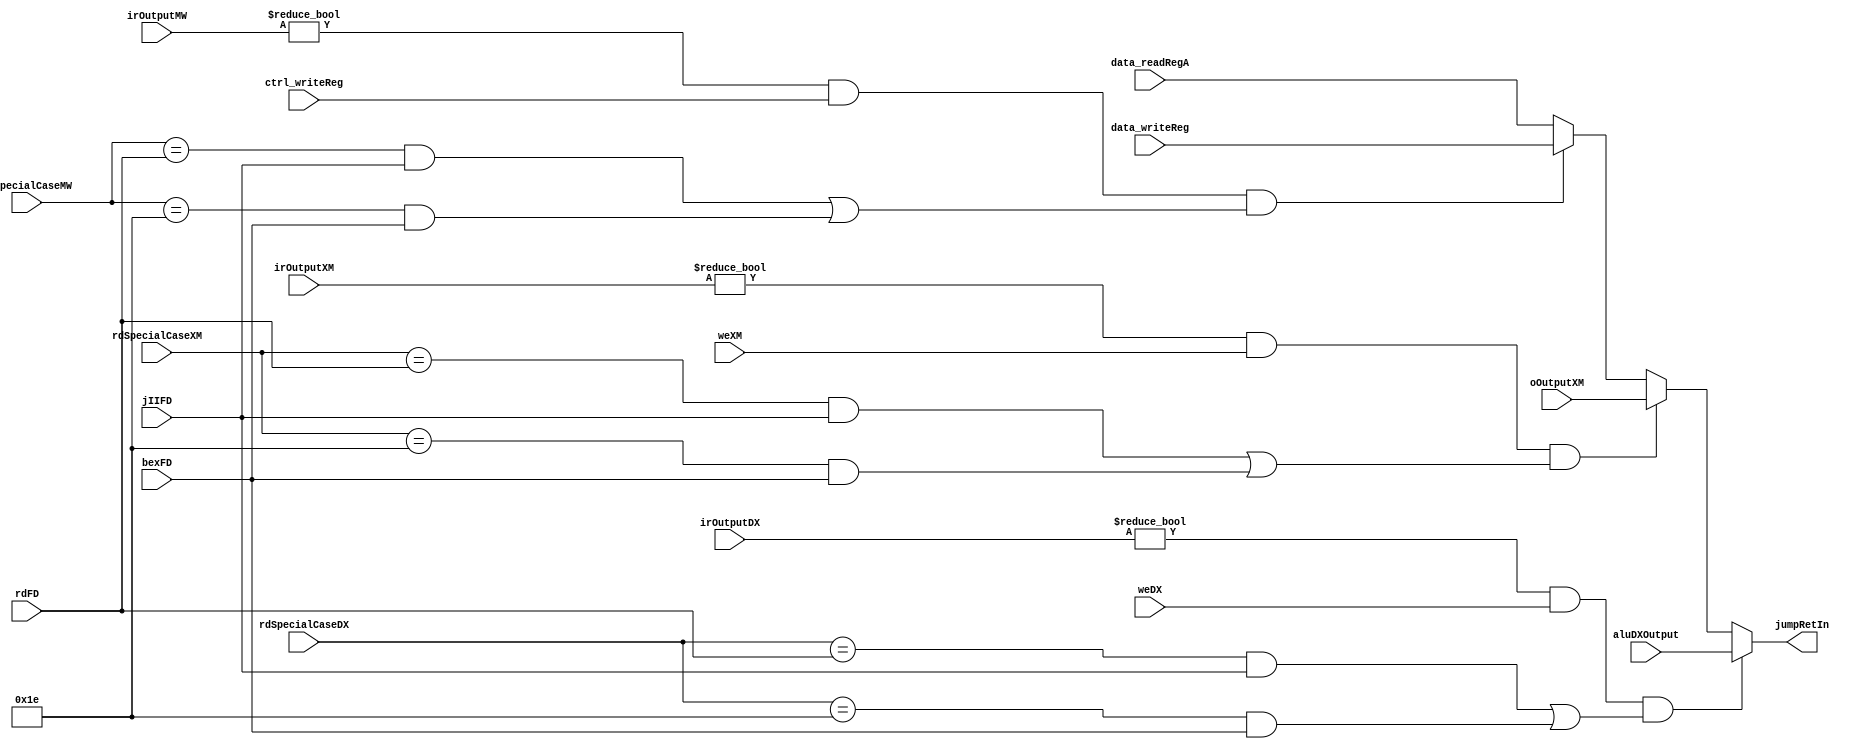
module regBypass(jumpRetIn, rdFD, rdSpecialCaseDX, rdSpecialCaseMW, rdSpecialCaseXM, jIIFD, bexFD, irOutputDX, irOutputMW, irOutputXM, weDX, weXM, ctrl_writeReg, data_writeReg, data_readRegA, aluDXOutput, oOutputXM);
    input [31:0] aluDXOutput, oOutputXM;
    input [4:0] rdFD, rdSpecialCaseDX, rdSpecialCaseMW, rdSpecialCaseXM,ctrl_writeReg;
    input jIIFD, bexFD, weDX, weXM;
    input [31:0] irOutputDX, irOutputMW, irOutputXM, data_writeReg, data_readRegA;
    output [31:0] jumpRetIn;

    wire jBypassFD, jBypassMD, jBypassWD;
    assign jBypassFD = irOutputDX != 32'b00000000000000000000000000000000 && weDX && ((rdSpecialCaseDX == rdFD && jIIFD) || (rdSpecialCaseDX == 5'b11110 && bexFD));
    assign jBypassMD = irOutputXM != 32'b00000000000000000000000000000000 && weXM && ((rdSpecialCaseXM == rdFD && jIIFD) || (rdSpecialCaseXM == 5'b11110 && bexFD));
    assign jBypassWD = irOutputMW != 32'b00000000000000000000000000000000 && ctrl_writeReg && ((rdSpecialCaseMW == rdFD && jIIFD) || (rdSpecialCaseMW == 5'b11110 && bexFD));
    assign jumpRetIn = jBypassFD ? aluDXOutput : jBypassMD ? oOutputXM : jBypassWD ? data_writeReg : data_readRegA;
endmodule